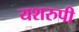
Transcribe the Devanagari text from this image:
यशरुपी